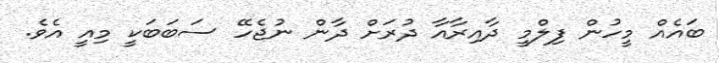
ބައެއް މީހުން ފިލްމީ ދާއިރާއާ ދުރަށް ދާން ނުޖެހޭ ސަބަބަކީ މިއީ އެވެ.